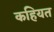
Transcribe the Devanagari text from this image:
कहियत